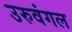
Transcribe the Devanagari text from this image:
उरुवंगल